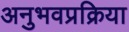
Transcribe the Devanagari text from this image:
अनुभवप्रक्रिया